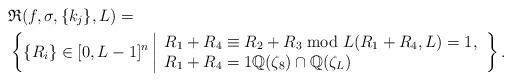
LaTeX: \begin{align*}&\mathfrak{R}(f,\sigma,\{k_j\},L)=\\&\left\{\{R_i\}\in[0,L-1]^n\left|\begin{array}{l} R_1+R_4\equiv R_2+R_3\bmod L(R_1+R_4,L)=1,\\R_1+R_4=1\mathbb{Q}(\zeta_8)\cap\mathbb{Q}(\zeta_L)\end{array}\right.\right\}.\end{align*}